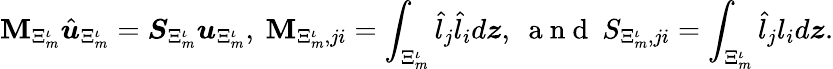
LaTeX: \boldsymbol{\mathbf{M}}_{\Xi_{m}^{\iota}}\hat{{\boldsymbol{u}}}_{\Xi_{m}^{\iota}}=\boldsymbol{S}_{\Xi_{m}^{\iota}}\boldsymbol{u}_{\Xi_{m}^{\iota}},\ \mathbf{M}_{\Xi_{m}^{\iota},ji}=\int_{\Xi_{m}^{\iota}}\hat{{l}}_{j}\hat{{l}}_{i}d\boldsymbol{z},\ \mathrm{{~a~n~d~}}\ S_{\Xi_{m}^{\iota},ji}=\int_{\Xi_{m}^{\iota}}\hat{{l}}_{j}l_{i}d\boldsymbol{z}.